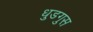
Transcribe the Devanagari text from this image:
धुडगुस